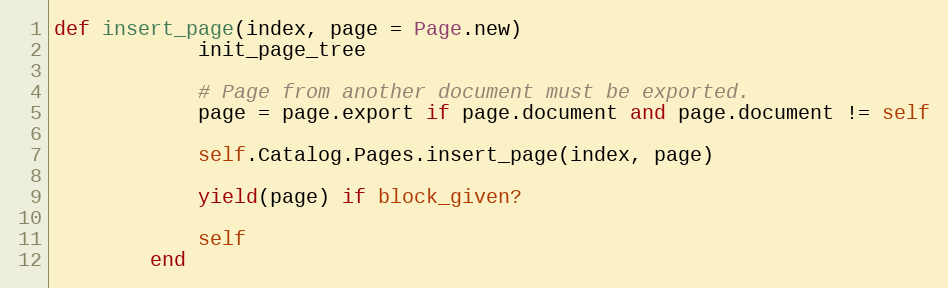
Language: Ruby
def insert_page(index, page = Page.new)
            init_page_tree

            # Page from another document must be exported.
            page = page.export if page.document and page.document != self

            self.Catalog.Pages.insert_page(index, page)

            yield(page) if block_given?

            self
        end